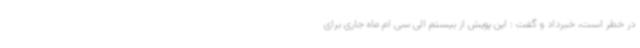
در خطر است، خبرداد و گفت : این پویش از بیستم الی سی ام ماه جاری برای